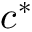
c ^ { * }